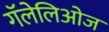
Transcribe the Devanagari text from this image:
गॅलेलिओज